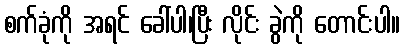
စက်ခုံကို အရင် ခေါ်ပါ၊ပြီး လိုင်း ခွဲကို တောင်းပါ။